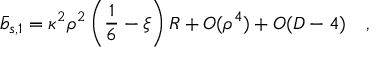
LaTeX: \bar { b } _ { s , 1 } = \kappa ^ { 2 } \rho ^ { 2 } \left( \frac 1 6 - \xi \right) R + O ( \rho ^ { 4 } ) + O ( D - 4 ) ~ ~ ~ ,